Report on the bubonic plague in Bombay, 1896-1897
Year: 1896
Disease focus: Plague
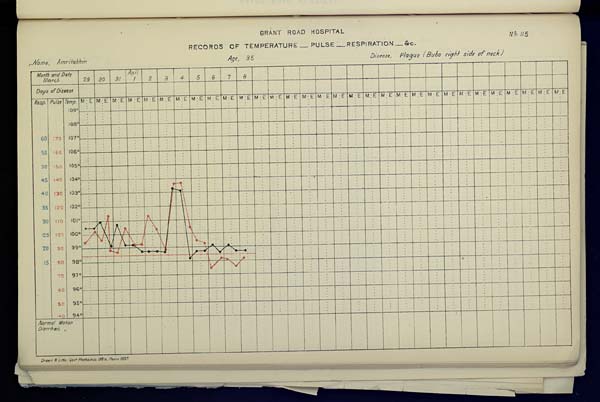
GRANT
ROAD
HOSPITAL
No. 115
RECORDS OF TEMPERATURE __ PULSE __ RESPIRATION __ &c.
Name,
Amritabhin
Age,
35
Disease,
Plague
(Bubo
right
side
of
neck)
Drawn & Litho: Govt. Photozinco: Office, Poona 1897.